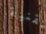
تقنية